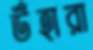
উঁহারা